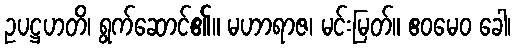
ဥပဋ္ဌဟတိ၊ ရွက်ဆောင်၏။ မဟာရာဇ၊ မင်းမြတ်။ ဧဝမေဝ ခေါ၊